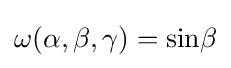
\omega (\alpha ,\beta ,\gamma )=\sin \!\beta